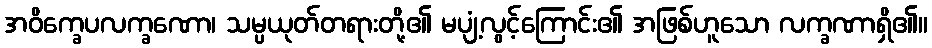
အဝိက္ခေပလက္ခဏော၊ သမ္ပယုတ်တရားတို့၏ မပျံ့လွင့်ကြောင်း၏ အဖြစ်ဟူသော လက္ခဏာရှိ၏။